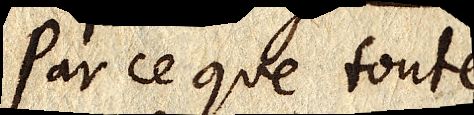
Parce que toute